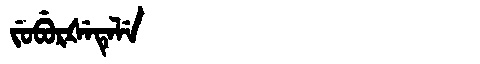
Manchu: ᠵᡠᠪᡠᡵᡧᡝᡨᡝᠯᡝ
Romanization: JUBURŠETELE